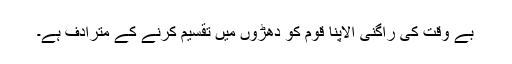
بے وقت کی راگنی الاپنا قوم کو دھڑوں میں تقسیم کرنے کے مترادف ہے۔